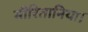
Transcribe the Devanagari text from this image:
मौरितानिया।